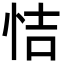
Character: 恄